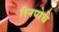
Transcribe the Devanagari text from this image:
रिनपोचे